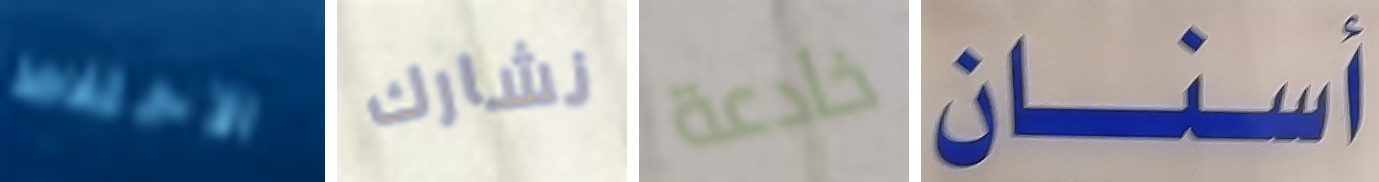
الاختلاط نشارك خادعة أسنان